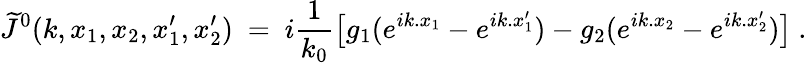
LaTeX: \widetilde J^{0}(k,x_{1},x_{2},x_{1}^{\prime},x_{2}^{\prime})\ =\ i\frac{1}{k_{0}}\big[g_{1}(e^{ik.x_{1}}-e^{ik.x_{1}^{\prime}})-g_{2}(e^{ik.x_{2}}-e^{ik.x_{2}^{\prime}})\big]\ .